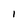
Character: I